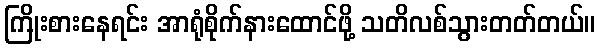
ကြိုးစားနေရင်း အာရုံစိုက်နားထောင်ဖို့ သတိလစ်သွားတတ်တယ်။